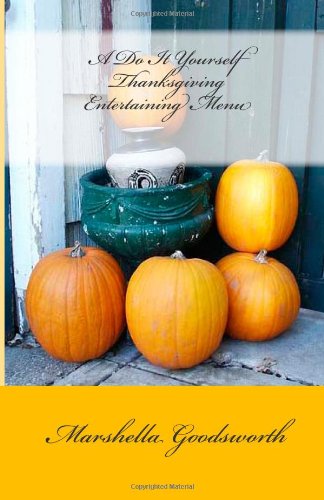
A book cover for A Do It Yourself Thanksgiving Entertaining Menu; Marshella Goodsworth; Cookbooks, Food & Wine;